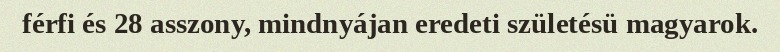
férfi és 28 asszony, mindnyájan eredeti születésü magyarok.